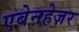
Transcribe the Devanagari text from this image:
एबेनहेज़र